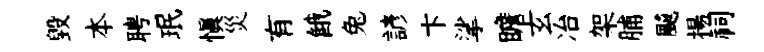
毁本聘珉慎災有餓兔諺卞挲瞻玄冶架脯飇揚祠